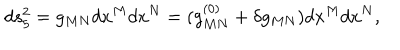
LaTeX: d s _ { 5 } ^ { 2 } = g _ { M N } d x ^ { M } d x ^ { N } = ( g _ { M N } ^ { ( 0 ) } + \delta g _ { M N } ) d x ^ { M } d x ^ { N } ,